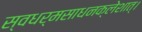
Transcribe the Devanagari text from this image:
स्वधर्मसाधनक्लेशात्‌।